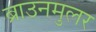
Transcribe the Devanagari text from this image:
ब्राउनमुलर